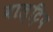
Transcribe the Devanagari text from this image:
वाल्ट्रिप